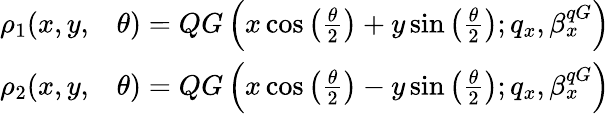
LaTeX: \begin{array}{rl}{\rho_{1}(x,y,}&{{}\theta)=QG\left(x\cos\left(\frac{\theta}{2}\right)+y\sin\left(\frac{\theta}{2}\right);q_{x},\beta_{x}^{qG}\right)}\\ {\rho_{2}(x,y,}&{{}\theta)=QG\left(x\cos\left(\frac{\theta}{2}\right)-y\sin\left(\frac{\theta}{2}\right);q_{x},\beta_{x}^{qG}\right)}\end{array}